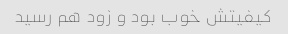
کیفیتش خوب بود و زود هم رسید